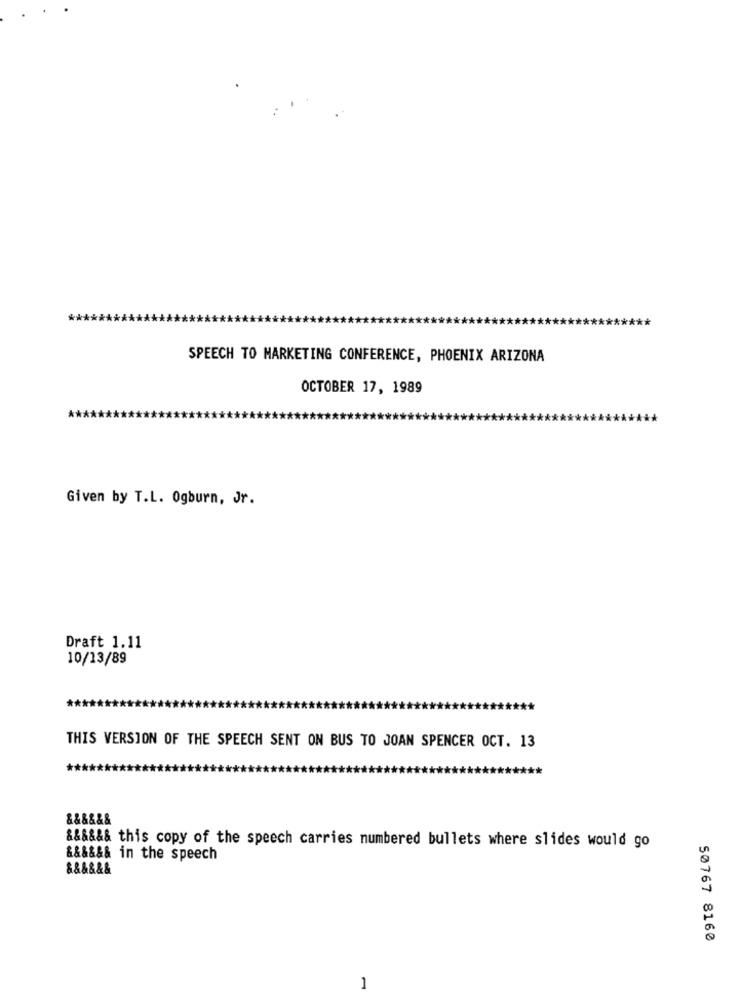
SPEECH TO MARKETING CONFERENCE, PHOENIX ARIZONA
OCTOBER 17, 1989
Given by T.L. Ogburn, Jr.
Draft 1.11
10/13/89
THIS VERSION OF THE SPEECH SENT ON BUS TO JOAN SPENCER OCT. 13
&&&&&&
&&&&&& this copy of the speech carries numbered bullets where slides would go
&&&&&& in the speech
&&&&&&
50767 8160
1